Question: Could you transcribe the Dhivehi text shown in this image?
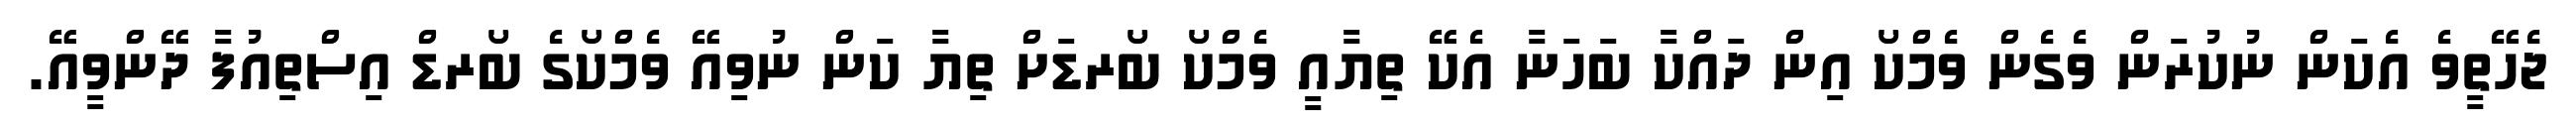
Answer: ޖެހޭތީވެ އެކަން ނުކުރަން ވެގެން ވެމްކޯ އިން ދައްކާ ބަހަނާ އެކޭ ތިޔާއީ ވެމްކޯ ބޯރޑަށް ތިޔާ ކަން ނުވިއޭ ވެމްކޯގެ ބޯރޑް އިސްތިއުފާ ދޭންވީއޭ.